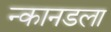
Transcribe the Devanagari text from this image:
न्कानडला